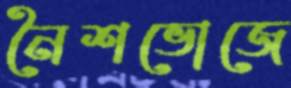
নৈশভোজে